Civil Veterinary Department. United Provinces 1932-42 - 1932-1942
Year: 1932
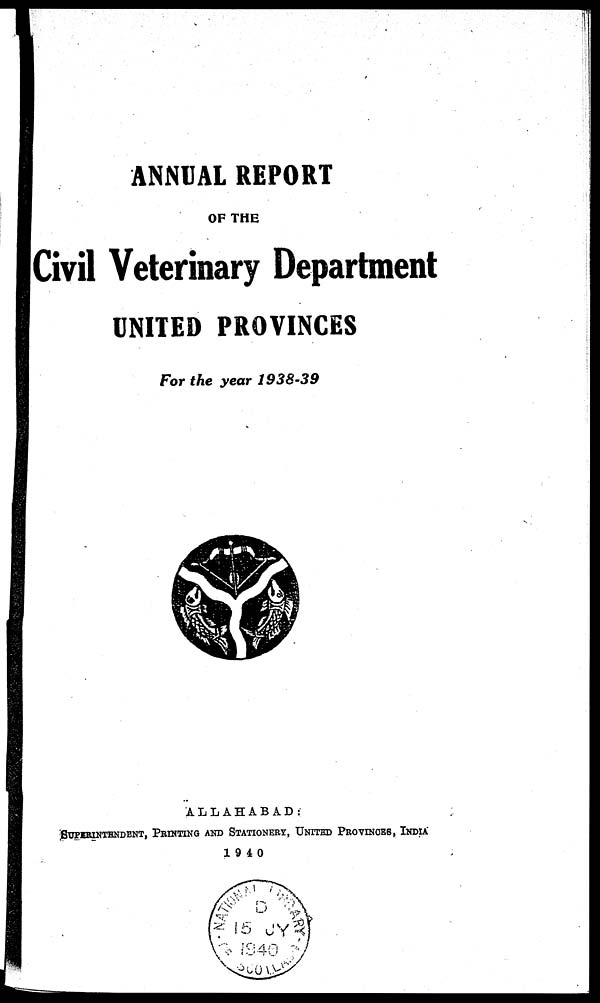
ANNUAL REPORT
OF THE
Civil Veterinary Department
UNITED PROVINCES
For the year 1938-39
ALLAHABAD:
SUPERINTENDENT, PRINTING AND STATIONERY, UNITED PROVINCES, INDIA
1940